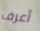
أعرف